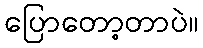
ပြောတော့တာပဲ။